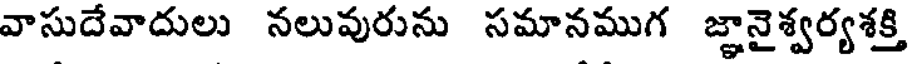
వాసుదేవాదులు నలువురును సమానముగ జ్ఞానైశ్వర్యశక్తి